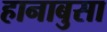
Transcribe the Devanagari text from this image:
हानाबुसा